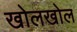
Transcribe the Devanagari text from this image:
खोलखोल